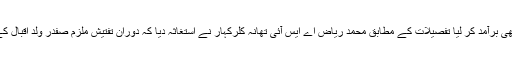
ڈھڈیال نیوز)زیر تفتیش ملزمان سے کلرکہار پولیس نے ناجائز اسلحہ بھی برآمد کر لیا تفصیلات کے مطابق محمد ریاض اے ایس آئی تھانہ کلرکہار نے استغاثہ دیا کہ دوران تفتیش ملزم صفدر ولد اقبال کے انکشاف پر 7MMمعہ چار روند برآمد کر کے مقدمہ درج کرلیا گیا۔